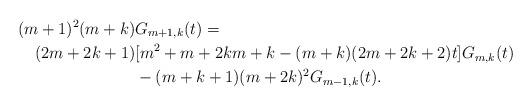
LaTeX: \begin{align*}(m + 1)^2(m + k)&G_{m+1,k}(t) =\\ (2m + 2k +1)&[m^2 + m + 2km + k - (m + k)(2m+ 2k + 2)t]G_{m,k}(t) \\ &- (m +k +1)(m + 2k)^2G_{m - 1,k}(t).\end{align*}